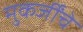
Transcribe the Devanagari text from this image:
मुकर्जींचे